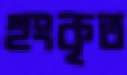
হুংকৃত